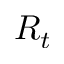
R _ { t }